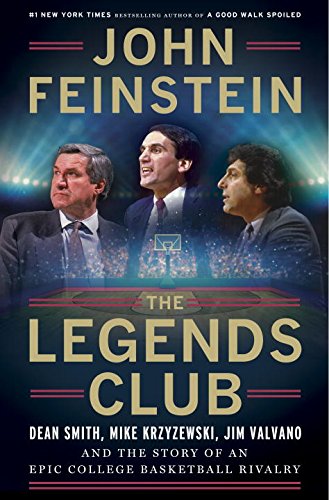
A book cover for The Legends Club: Dean Smith, Mike Krzyzewski, Jim Valvano and the Story of an Epic College Basketball Rivalry; John Feinstein; Sports & Outdoors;